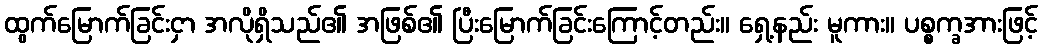
ထွက်မြောက်ခြင်းငှာ အလိုရှိသည်၏ အဖြစ်၏ ပြီးမြောက်ခြင်းကြောင့်တည်း။ ရှေ့နည်း မူကား။ ပစ္စက္ခအားဖြင့်